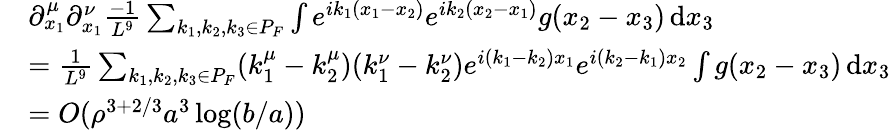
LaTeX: \begin{array}{rl}&{\partial_{x_{1}}^{\mu}\partial_{x_{1}}^{\nu}\frac{-1}{L^{9}}\sum_{k_{1},k_{2},k_{3}\in P_{F}}\int e^{ik_{1}(x_{1}-x_{2})}e^{ik_{2}(x_{2}-x_{1})}g(x_{2}-x_{3})\, \textnormal{d}x_{3}}\\ &{=\frac{1}{L^{9}}\sum_{k_{1},k_{2},k_{3}\in P_{F}}(k_{1}^{\mu}-k_{2}^{\mu})(k_{1}^{\nu}-k_{2}^{\nu})e^{i(k_{1}-k_{2})x_{1}}e^{i(k_{2}-k_{1})x_{2}}\int g(x_{2}-x_{3})\, \textnormal{d}x_{3}}\\ &{=O(\rho^{3+2/3}a^{3}\log(b/a))}\end{array}